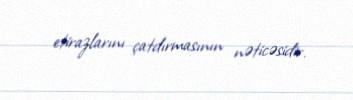
etirazlarını çatdırmasının nəticəsidir.